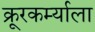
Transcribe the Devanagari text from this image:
क्रूरकर्म्याला